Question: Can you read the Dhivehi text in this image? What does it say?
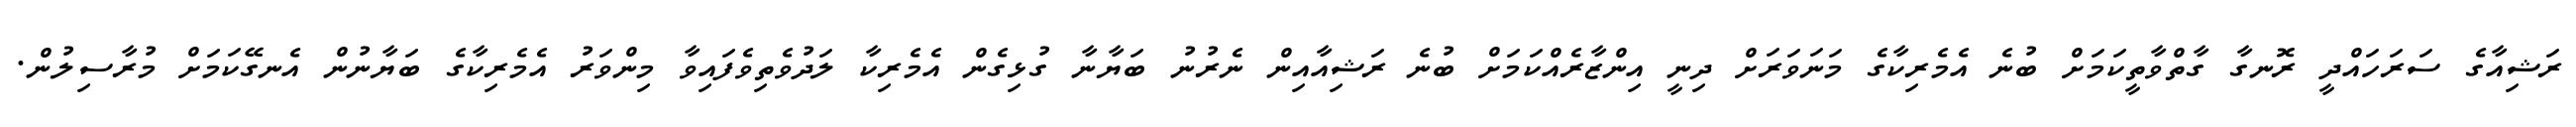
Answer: ރަޝިއާގެ ސަރަހައްދީ ރޮނގާ ގާތްވާތީކަމަށް ބުނެ އެމެރިކާގެ މަނަވަރަށް ދިނީ އިންޒާރެއްކަމަށް ބުނެ ރަޝިއާއިން ނެރުނު ބަޔާނާ ގުޅިގެން އެމެރިކާ ލަދުވެތިވެފައިވާ މިންވަރު އެމެރިކާގެ ބަޔާނުން އެނގޭކަމަށް މުރާސިލުން.